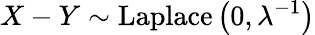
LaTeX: X-Y\sim{\textrm{Laplace}}\left(0,\lambda^{-1}\right)